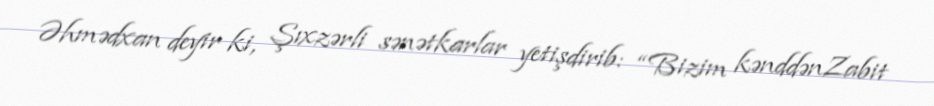
Əhmədxan deyir ki, Şıxzərli sənətkarlar yetişdirib: “Bizim kənddənZabit